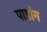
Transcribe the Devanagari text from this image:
पाडांग